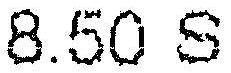
8.50 S